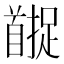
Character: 𬳚